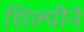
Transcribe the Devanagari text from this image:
शिल्पीने